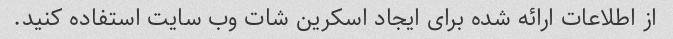
از اطلاعات ارائه شده برای ایجاد اسکرین شات وب سایت استفاده کنید.